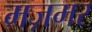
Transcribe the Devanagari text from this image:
मज़मर